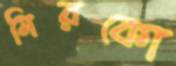
মিরকো